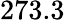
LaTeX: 273.3